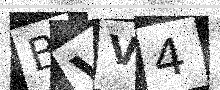
Text: BVV4